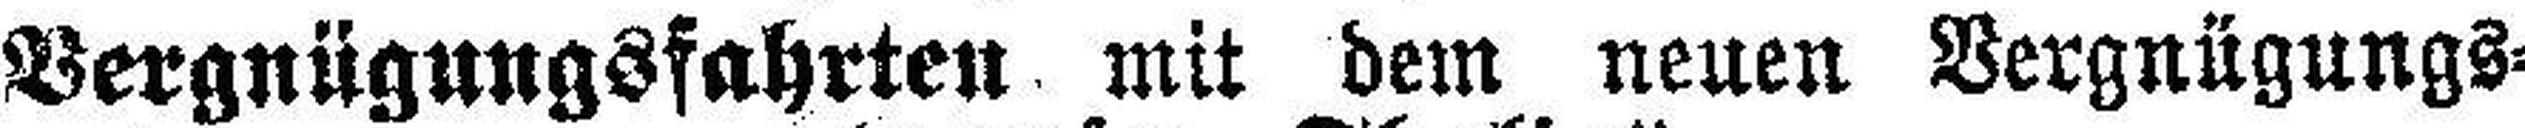
Vergnügungsfahrten mit dem neuen Vergnügungs¬